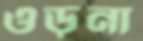
ওড়না